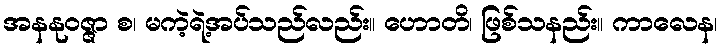
အနနုဝဇ္ဇာ စ၊ မကဲ့ရဲ့အပ်သည်လည်း။ ဟောတိ၊ ဖြစ်သနည်း။ ကာလေန၊